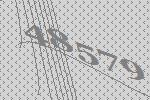
48579